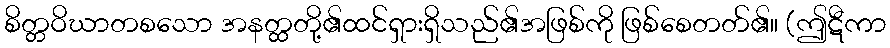
စိတ္တဝိဃာတစသော အနတ္ထတို့၏ထင်ရှားရှိသည်၏အဖြစ်ကို ဖြစ်စေတတ်၏။ (ဤဋီကာ